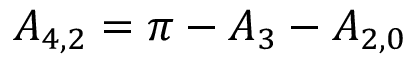
{ A _ { 4 , 2 } } = \pi - { A _ { 3 } } - { A _ { 2 , 0 } }